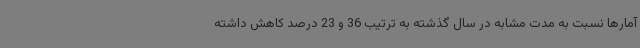
آمارها نسبت به مدت مشابه در سال گذشته به ترتیب 36 و 23 درصد کاهش داشته